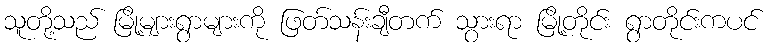
သူတို့သည် မြို့များရွာများကို ဖြတ်သန်းချီတက် သွားရာ မြို့တိုင်း ရွာတိုင်းကပင်